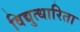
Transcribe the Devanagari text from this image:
विद्युत्धारिता